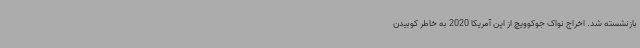
بازنشسته شد. اخراج نواک جوکوویچ از اپن آمریکا 2020 به خاطر کوبیدن